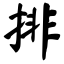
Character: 排